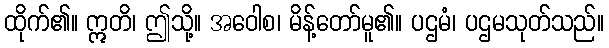
ထိုက်၏။ ဣတိ၊ ဤသို့။ အဝေါစ၊ မိန့်တော်မူ၏။ ပဌမံ၊ ပဌမသုတ်သည်။